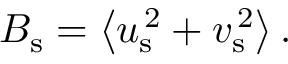
{ B } _ { \mathrm { s } } = \left< { u } _ { \mathrm { s } } ^ { \, 2 } + { v } _ { \mathrm { s } } ^ { \, 2 } \right> .